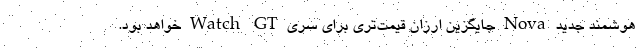
هوشمند جدید Nova جایگزین ارزان قیمت‌تری برای سری Watch GT خواهد بود.